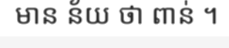
មាន ន័យ ថា ពាន់ ។